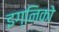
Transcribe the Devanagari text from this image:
इग्निको